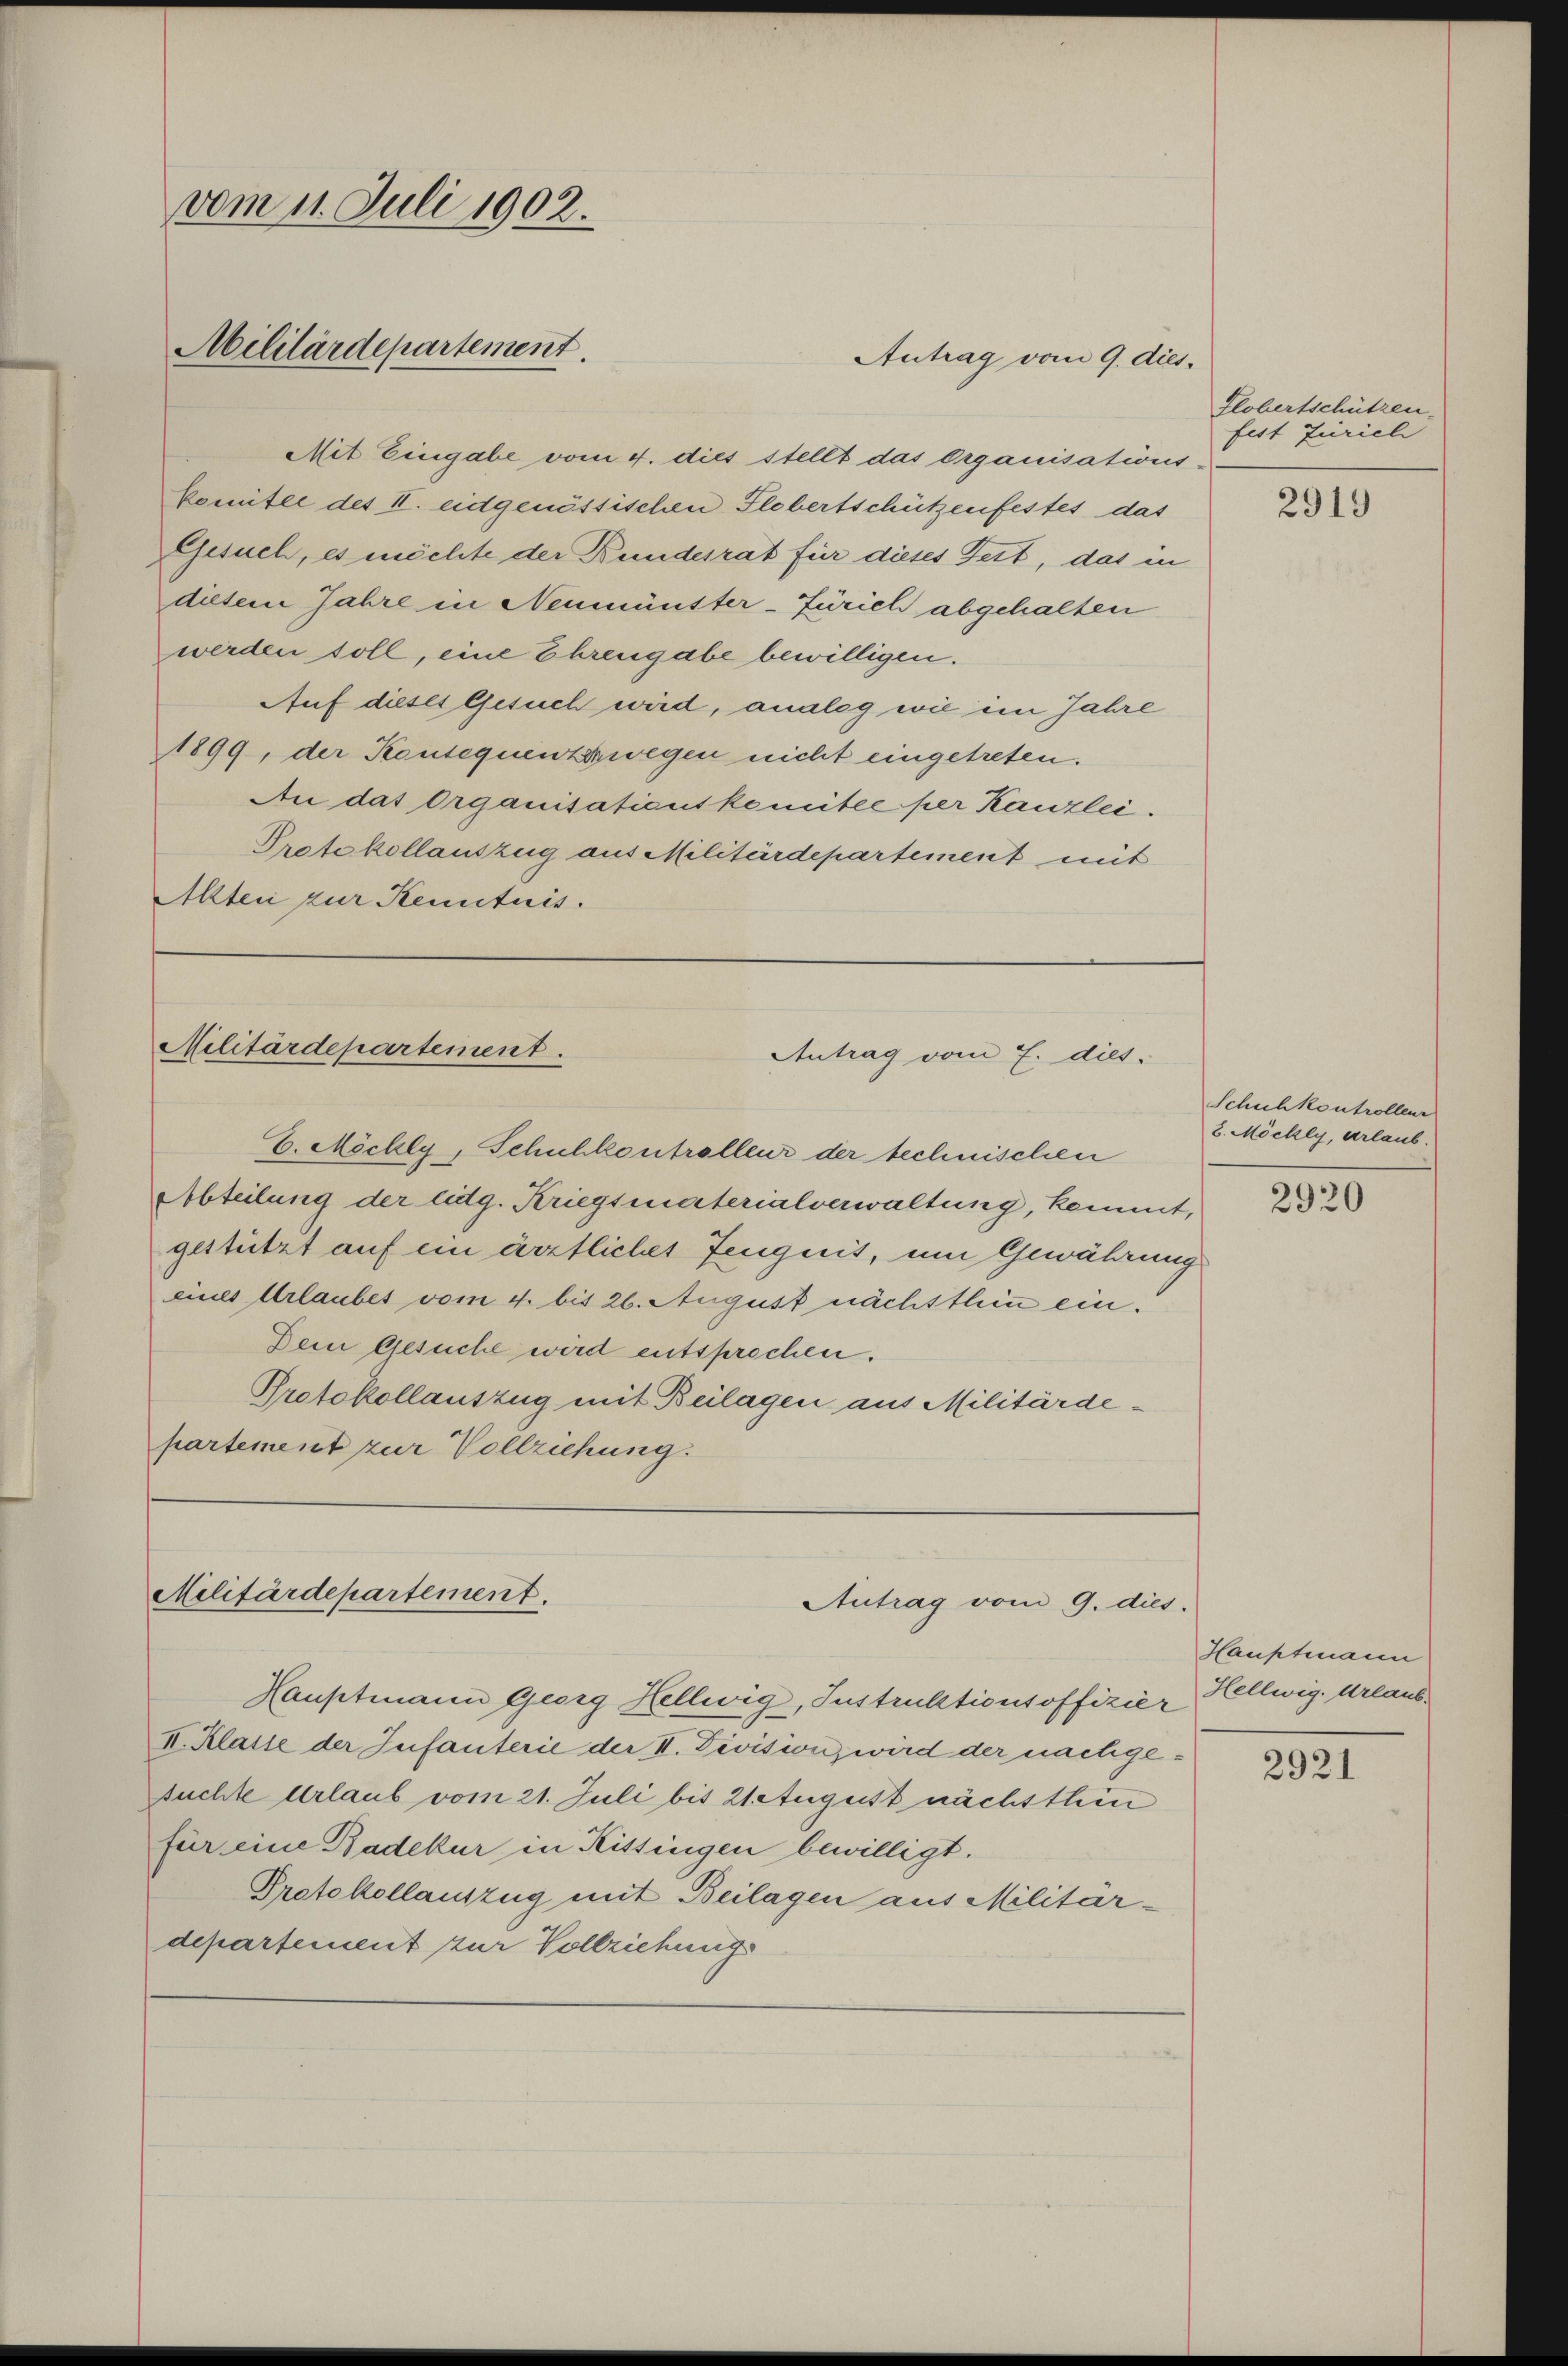
vom 11. Juli 1902.
Militärdepartement.

Mit Eingabe vom 4. dies stellt das Organisations-
komitee des II. eidgenössischen Flebertschützenfestes das
Gesuch, es möchte der Bundesrat für dieses Fett, das in
diesem Jahre in Neumünster-Zürich abgehalten
werden soll, eine Ehrengabe bewilligen.
Auf dieses Gesuch wird, analog wie im Jahre
1899, der Konsequentswegen nicht eingetreten.
An das Organisationskomitée per Kanzlei.
Protokollauszug aus Militärdepartement mit
Alten zur Kenntnis.

Militärdepartement.
Antrag vom 7. dies

Militärdepartement.

Antrag vom 9. dies

E. Möchly, Schuhkontrolleur der technischen
Abteilung der Eidg. Kriegsmaterialverwaltung, kommt,
gestützt auf ein ärztliches Zeugnis, um Gewährung
eines Urlaubes vom 4. bis 26. August nächsthin ein¬
Dein Gesuche wird entsprochen.
Protokollauszug mit Beilagen aus Militärdepartement zur Vollziehung.

Antrag vom 9. dies.

Hauptmann Georg Hellwig, Instruktionsoffizier Hellwig. Urlaub¬
II. Klasse der Infanterie der II. Devision, wird der nachgesuchte Urlaub vom 21. Juli bis 21 August nächsthin
für eine Badekur in Kissingen bewilligt.
Protokollauszug mit Beilagen aus Militär-
departement zur Vollziehung

Globertschützen.
fest Zürich

2919

Schuhkontrolleur
2. Möckly, erlaub.

2920

Hauptmann

2921